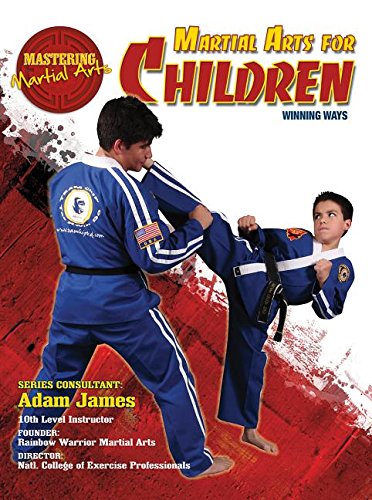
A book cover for Martial Arts for Children: Winning Ways (Mastering Martial Arts); Nathan Johnson; Teen & Young Adult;